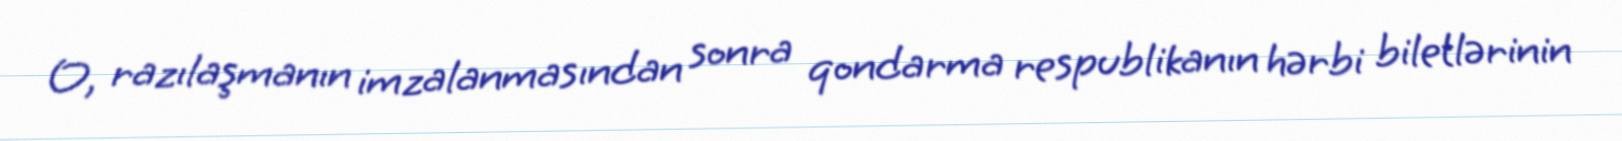
O, razılaşmanın imzalanmasından sonra qondarma respublikanın hərbi biletlərinin